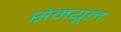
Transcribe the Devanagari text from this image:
सेमयूल